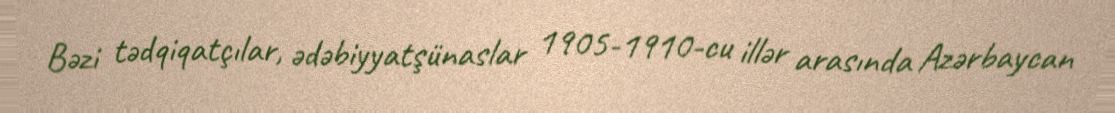
Bəzi tədqiqatçılar, ədəbiyyatşünaslar 1905-1910-cu illər arasında Azərbaycan